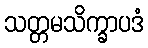
သတ္တမသိက္ခာပဒံ